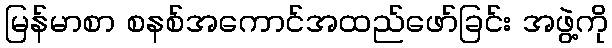
မြန်မာစာ စနစ်အကောင်အထည်ဖော်ခြင်း အဖွဲ့ကို